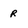
Character: r